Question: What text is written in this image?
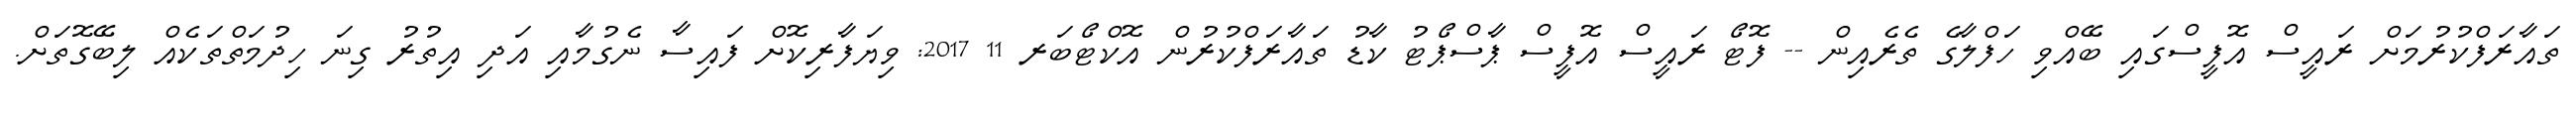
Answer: ތައާރަފްކުރުމަށް ރައީސް އޮފީސްގައި ބޭއްވި ހަފްލާގެ ތެރެއިން -- ފޮޓޯ ރައީސް އޮފީސް ޕާސްޕޯޓު ކާޑު ތައާރަފްކުރުން އޮކްޓޯބަރ 11 2017: ވިޔަފާރިކޮށް ފައިސާ ނެގުމާއި އަދި އިތުރު ގިނަ ހިދުމަތްތަކެއް ލިބޭގޮތަށް.